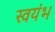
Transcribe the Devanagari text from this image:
स्वयंभ